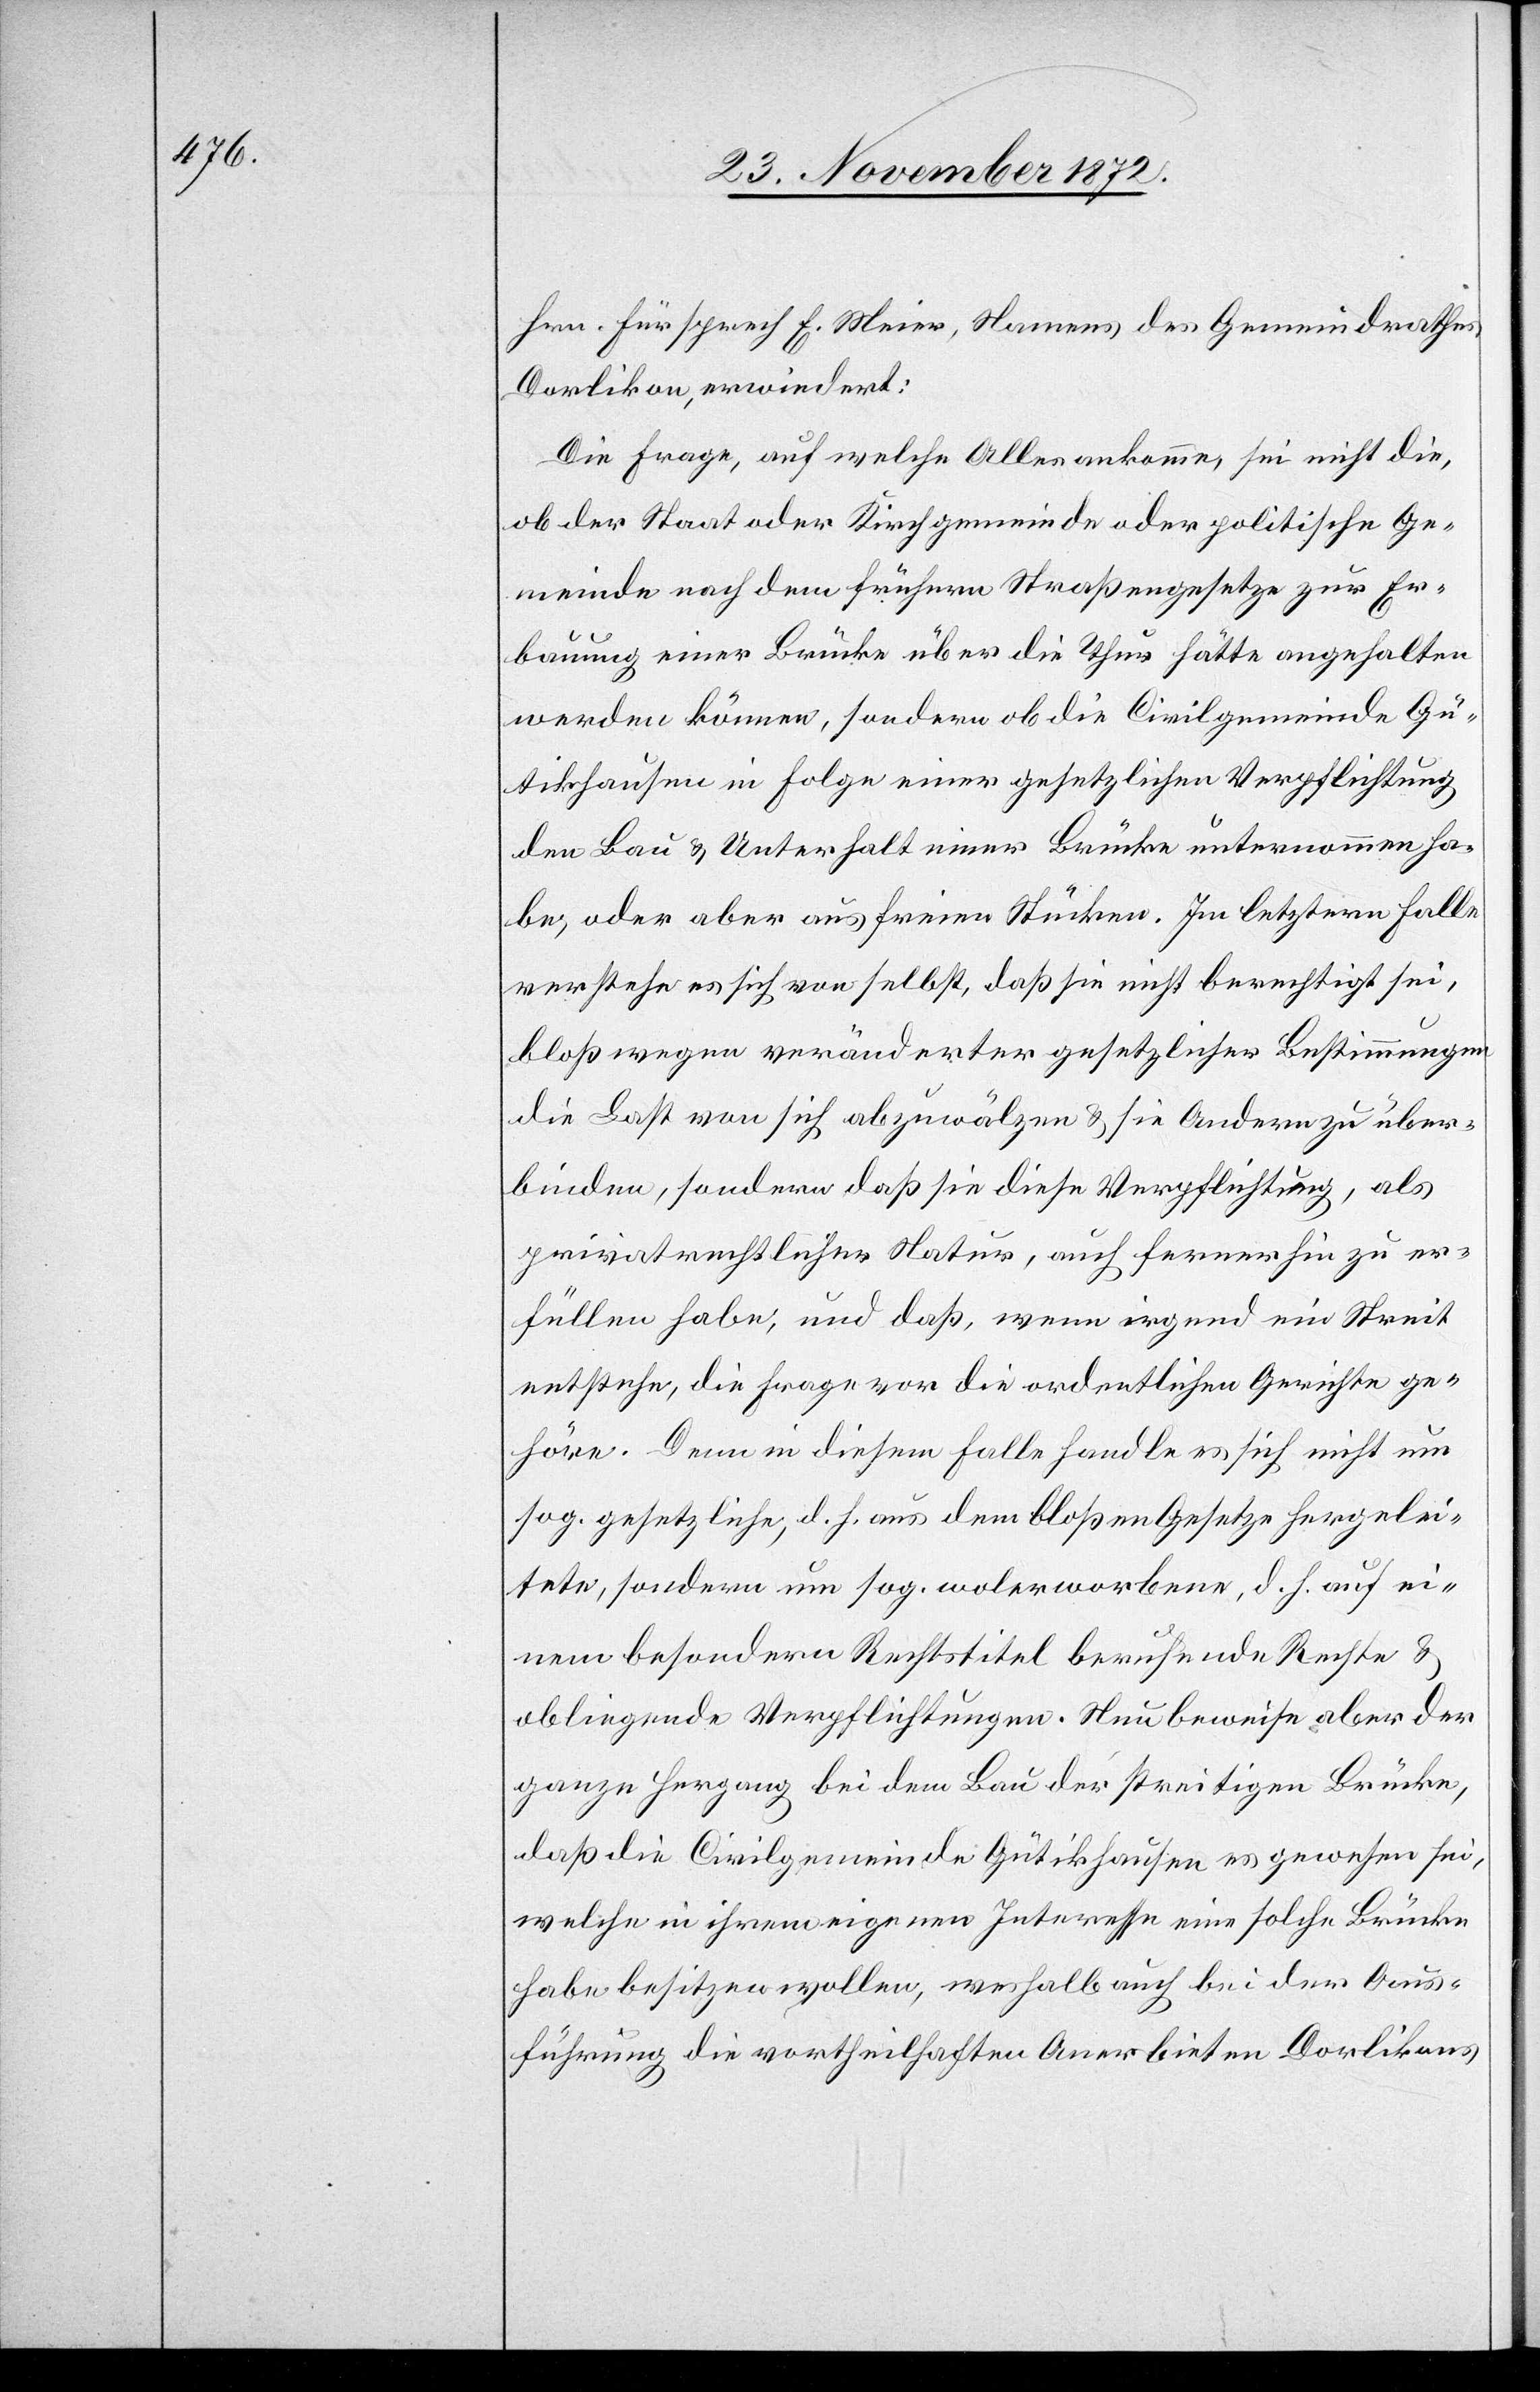
Hrn. Fürsprech E. Meier, Namens des Gemeindrathes
Dorlikon, erwiedert:
Die Frage, auf welche Alles ankomme, sei nicht die,
ob der Staat oder Kirchgemeinde oder politische Ge¬
meinde nach dem frühern Straßengesetze zur Er¬
bauung einer Brücke über die Thur hätte angehalten
werden können, sondern ob die Civilgemeinde Gü¬
tikhausen in Folge einer gesetzlichen Verpflichtung
den Bau u. Unterhalt einer Brücke unternommen ha¬
be, oder aber aus freien Stücken. Im letztern Falle
verstehe es sich von selbst, daß sie nicht berechtigt sei,
bloß wegen veränderter gesetzlicher Bestimmungen
die Last von sich abzuwälzen u. sie Andern zu über¬
binden, sondern daß sie diese Verpflichtung, als
privatrechtlicher Natur, auch ferner zu er¬
füllen habe, und daß, wenn irgend ein Streit
entstehe, die Frage vor die ordentlichen Gerichte ge¬
höre. Denn in diesem Falle handle es sich nicht um
sog. gesetzliche, d. h. aus dem bloßen Gesetze hergelei¬
tete, sondern um sog. wolerworbene, d. h. auf ei¬
nem besondern Rechtstitel beruhende Rechte u.
obliegende Verpflichtungen. Nun beweise aber der
ganze Hergang bei dem Bau der streitigen Brücke,
daß die Civilgemeinde Gütikhausen es gewesen sei,
welche in ihrem eigenen Interesse eine solche Brücke
habe besitzen wollen, weshalb auch bei der Aus¬
führung die vortheilhaften Anerbieten Dorlikons